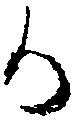
か